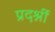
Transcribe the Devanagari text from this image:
प्रदर्श्नी